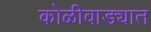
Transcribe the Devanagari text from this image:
कोळीवाड्यात